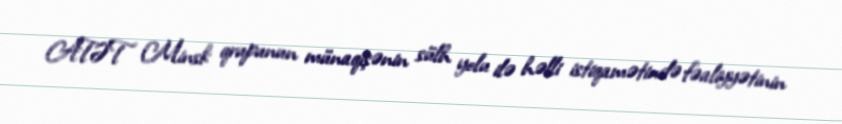
ATƏT Minsk qrupunun münaqişənin sülh yolu ilə həlli istiqamətində fəaliyyətinin